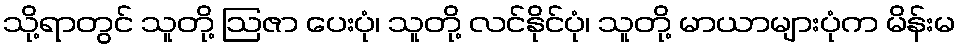
သို့ရာတွင် သူတို့ ဩဇာ ပေးပုံ၊ သူတို့ လင်နိုင်ပုံ၊ သူတို့ မာယာများပုံက မိန်းမ